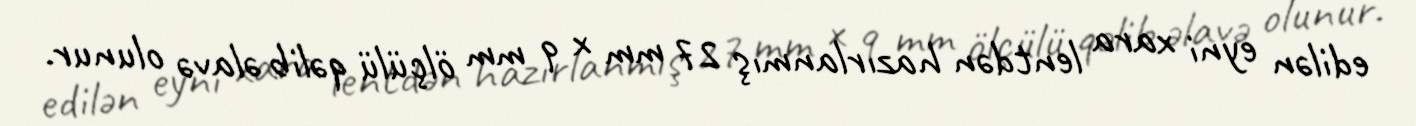
edilən eyni xara lentdən hazırlanmış 27 mm x 9 mm ölçülü qəlib əlavə olunur.